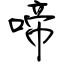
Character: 啼